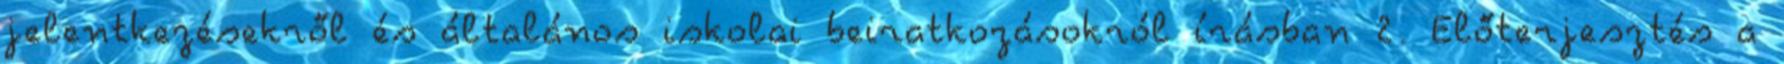
jelentkezésekről és általános iskolai beiratkozásokról írásban 2. Előterjesztés a